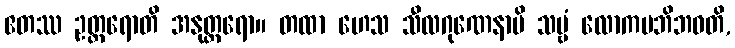
ဧတဿ ဥတ္တရောတိ အနုတ္တရော။ တထာ ဟေသ သီလဂုဏေနာပိ သဗ္ဗံ လောကမဘိဘဝတိ,